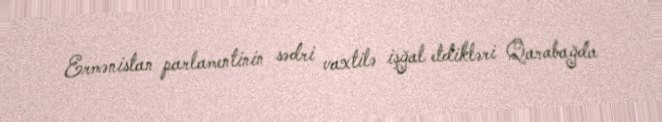
Ermənistan parlamentinin sədri vaxtilə işğal etdikləri Qarabağda